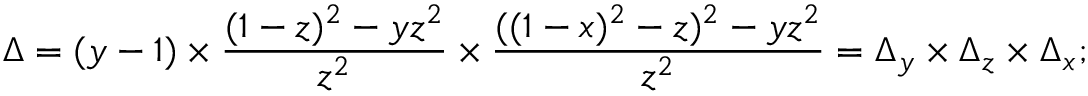
\Delta = ( y - 1 ) \times { \frac { ( 1 - z ) ^ { 2 } - y z ^ { 2 } } { z ^ { 2 } } } \times { \frac { ( ( 1 - x ) ^ { 2 } - z ) ^ { 2 } - y z ^ { 2 } } { z ^ { 2 } } } = \Delta _ { y } \times \Delta _ { z } \times \Delta _ { x } ;